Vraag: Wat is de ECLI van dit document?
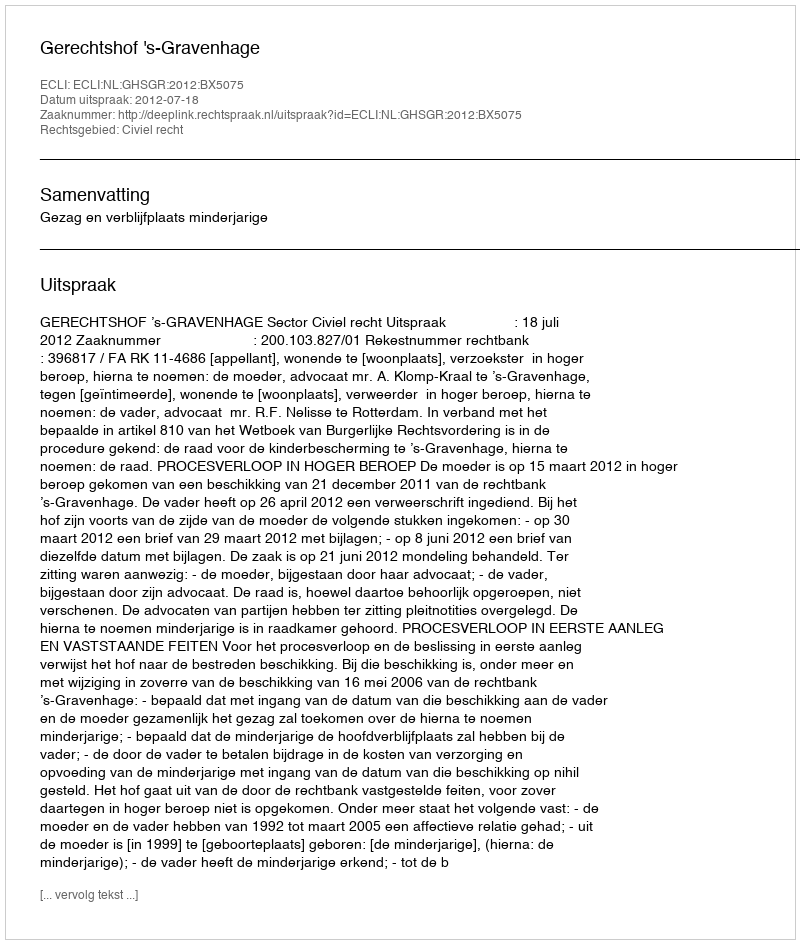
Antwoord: ECLI:NL:GHSGR:2012:BX5075